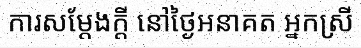
ការសម្តែងក្តី នៅថ្ងៃអនាគត អ្នកស្រី